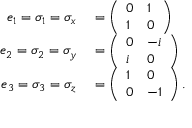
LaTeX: \begin{array} { r l } { e _ { 1 } = \sigma _ { 1 } = \sigma _ { x } } & { { } = { \left( \begin{array} { l l } { 0 } & { 1 } \\ { 1 } & { 0 } \end{array} \right) } } \\ { e _ { 2 } = \sigma _ { 2 } = \sigma _ { y } } & { { } = { \left( \begin{array} { l l } { 0 } & { - i } \\ { i } & { 0 } \end{array} \right) } } \\ { e _ { 3 } = \sigma _ { 3 } = \sigma _ { z } } & { { } = { \left( \begin{array} { l l } { 1 } & { 0 } \\ { 0 } & { - 1 } \end{array} \right) } \, . } \end{array}